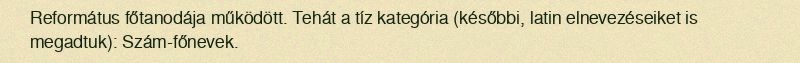
Református főtanodája működött. Tehát a tíz kategória (későbbi, latin elnevezéseiket is megadtuk): Szám-főnevek.